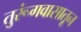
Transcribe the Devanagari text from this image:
तुरूंगवासातून